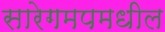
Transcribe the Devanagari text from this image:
सारेगमपमधील